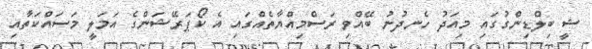
ޝީ ބިލްޑިންގުގައި މިއަދު ހެނދުނު ބޭއްވި ރަސްމިއްޔާތެއްގައި އެ ކޯޕަރޭޝަންގެ އަމަލީ މަސައްކަތާއި